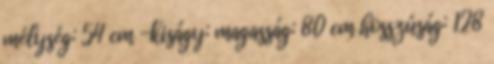
mélység: 54 cm -kiságy: magasság: 80 cm hosszúság: 128